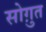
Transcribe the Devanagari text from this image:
सोग़ुत